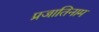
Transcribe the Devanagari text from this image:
प्रजातिनाम